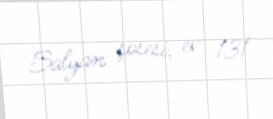
Salyan şosesi, ev 131